King Institute of Preventive Medicine Bacteriolog. Section reports 1907-08
Year: 1907
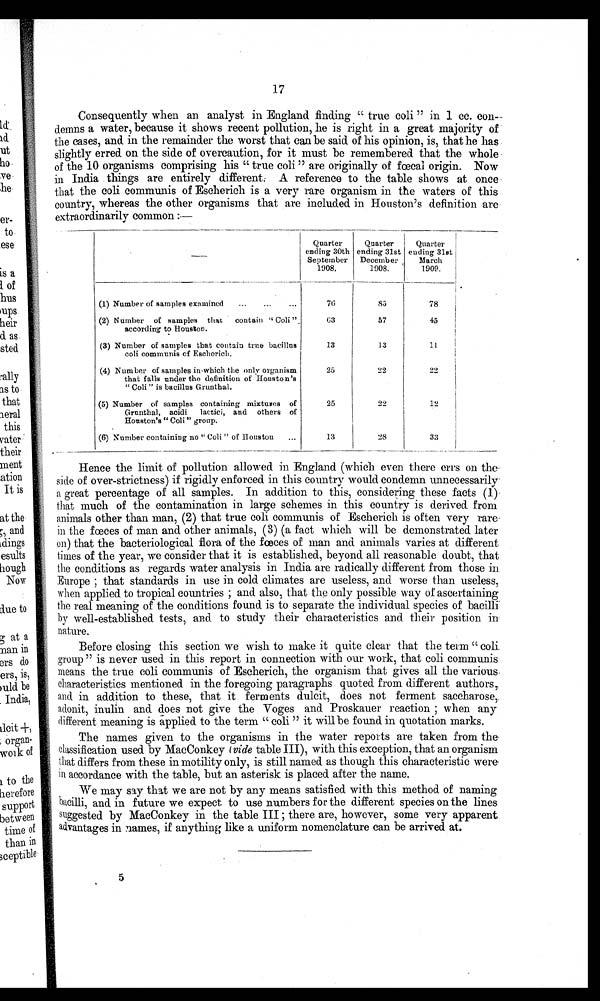
Consequently when an analyst in England finding " true coli " in 1 cc. con
demns a water, because it shows recent pollution, he is right in a great majority of
the cases, and in the remainder the worst that can be said of his opinion, is, that he has
slightly erred on the side of overcaution, for it must be remembered that the whole
of the 10 organisms comprising his " true coli " are originally of fecal origin. Now
in India things are entirely different A reference to the table shows at once
that the coli communis of Escherich is a very rare organism in the waters of this
country, whereas the other organisms that are included in Houston's definition are
extraordinarily common :—
Quarter
Quarter
Quarter
______.
ending 30th ending 31st ending 31st
September December
March 1
1908.
1908.
1909.
(1) Number of samples examined
...
...
...
7 6
85
78
(2) Number of samples that contain " Coll ",
according to Houston.
63
57
45
(3) Number of samples that contain true bacillus
coli communis of Escherich.
13
13
11
(4) Number of samples in which the only organism
that falls under the definition of Houston's
25
22
22
" Coli " is bacillus Grunthal.
(5) Number of samples containing mixtures of
2 5 2 2
12
Grunthal, acidi lactici, and others of
Houston's " Coli " group.
(6) Number containing no " Coli " of Houston
...
13
28
33
Hence the limit of pollution allowed in England (which even there errs on the
side of over-strictness) if rigidly enforced in this country would condemn unnecessarily.
a great percentage of all samples. In addition to this, considering these facts (1)
that much of the contamination in large schemes in this country is derived from
animals other than man, (2) that true coli communis of Escherich is often very rare
in the fœces of man and other animals, (3) (a fact which will be demonstrated later
on) that the bacteriological flora of the fœces of man and animals varies at different
times of the year, we consider that it is established, beyond all reasonable doubt, that
the conditions as regards water analysis in India are radically different from those in
Europe ; that standards in use in cold climates are useless, and worse than useless,
when applied. to tropical countries ; and also, that the only possible way of ascertaining
the real meaning of the conditions found is to separate the individual species of bacilli
by well-established tests, and to study their characteristics and their position in
nature.
Before closing this section we wish to make it quite clear that the term " coli.
group " is never used in this report in connection with our work, that coli communis
means the true coli communis of Escherich, the organism that gives all the various,
characteristics mentioned in the foregoing paragraphs quoted from different authors,
and in addition to these, that it ferments dulcit, does not ferment saccharose,.
adonit, inulin and does not give the Voges and Proskauer reaction ; when any
different meaning is applied to the term "coli " it will be found in quotation marks.
The names given to the organisms in the water reports are taken from the.
classification used. by MacConkey (vide table III), with this exception, that an organism
that differs from these in motility only, is still named as though this characteristic were
in accordance with the table, but an asterisk is placed after the name.
We may say that we are not by any means satisfied with this method of naming
bacilli, and in future we expect to use numbers for the different species on the lines.
suggested by MacConkey in the table III ; there are, however, some very apparent
advantages in names, if anything like a uniform nomenclature can be arrived. at.